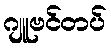
ဂျူဗင်တပ်